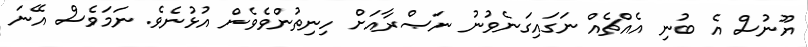
ޔޫނުސް އެ ބުނި އެއްޗެއް ނަގައިގަނެވުނު ނަޞްރާއަށް ހިނިތުންވެވެން އުޅުނެވެ. ނަމަވެސް އޭނަ